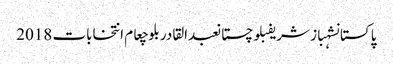
پاکستانشہباز شریفبلوچستانعبدالقادر بلوچعام انتخابات 2018